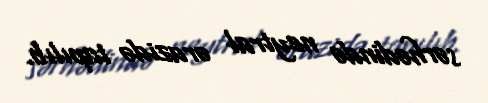
sərhədində neytral ərazidə tapılıb.